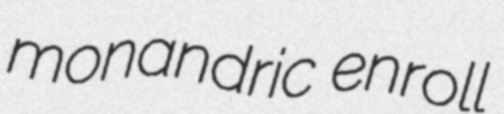
monandric enroll